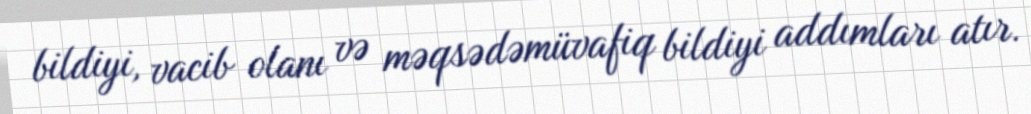
bildiyi, vacib olanı və məqsədəmüvafiq bildiyi addımları atır.